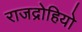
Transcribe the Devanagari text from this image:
राजद्रोहियो